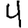
Digit: 4